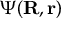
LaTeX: \Psi ( \mathbf { R } , \mathbf { r } )